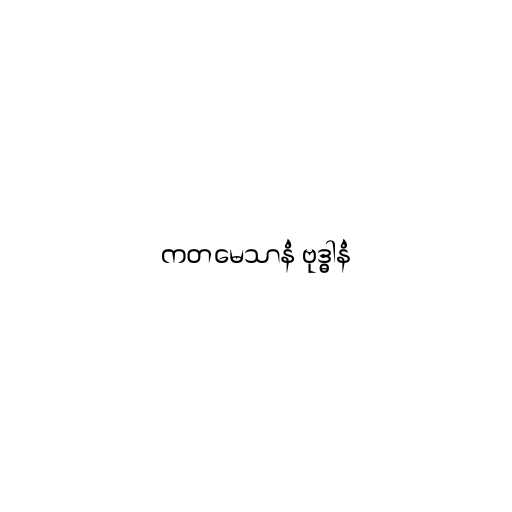
ကတမေသာနံ ဗုဒ္ဓါနံ